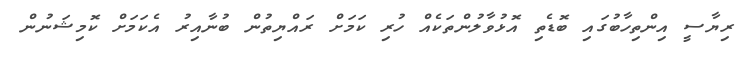
ރިޔާސީ އިންތިހާބުގައި ބޮޑެތި އޮޅުވާލުންތަކެއް ހުރި ކަމަށް ރައްޔިތުން ބުނާއިރު އެކަމަށް ކޮމިޝަނުން